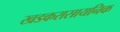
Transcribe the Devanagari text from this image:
खडकरासायनिक